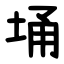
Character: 埇